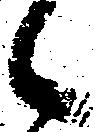
候